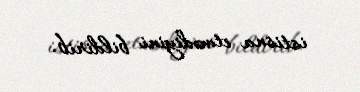
istisna etmədiyini bildirib.